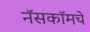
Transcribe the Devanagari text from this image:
नॅसकॉमचे